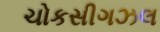
ચોકસીગઝલ